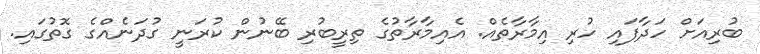
ބުރިއަށް ހަދާފައި ހުރި އިމާރާތެއް. އެއިމާރާތުގެ ތިރީބުރި ބޭނުން ކުރަނީ ގުދަނެއްގެ ގޮތުގައި.